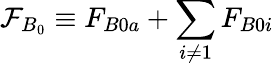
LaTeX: \mathcal{F}_{B_{0}}\equiv F_{B0a}+\sum_{i\neq 1}F_{B0i}